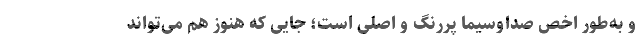
و به‌طور اخص صداوسیما پررنگ و اصلی است؛ جایی که هنوز هم می‌تواند